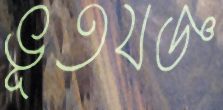
ভূতযজ্ঞ